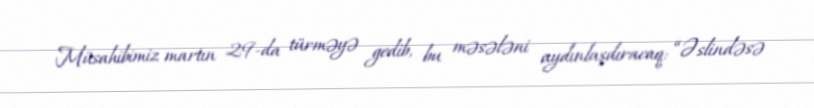
Müsahibimiz martın 29-da türməyə gedib, bu məsələni aydınlaşdıracaq: “Əslindəsə